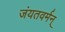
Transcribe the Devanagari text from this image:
जंयतवर्मन्